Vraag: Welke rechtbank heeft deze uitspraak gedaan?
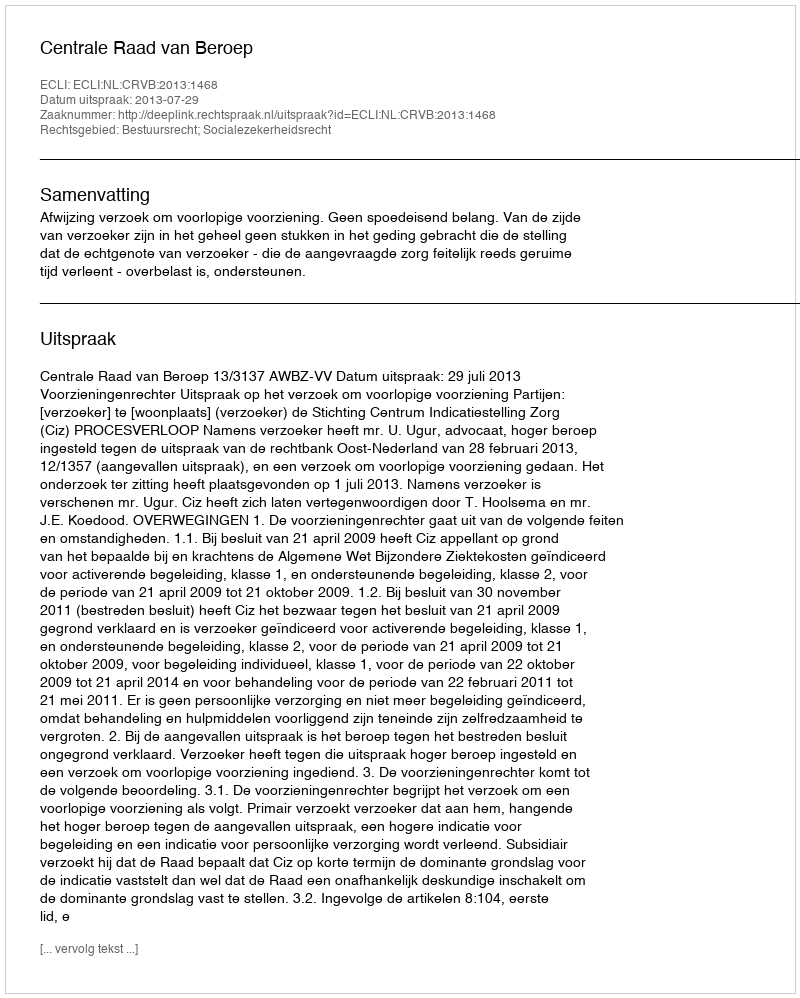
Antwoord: Centrale Raad van Beroep